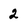
Character: 2